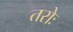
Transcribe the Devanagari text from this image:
तरोः